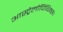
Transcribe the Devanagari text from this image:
आस्ट्रेलोपिथिक्स।